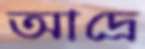
আদ্রে